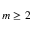
m \ge 2